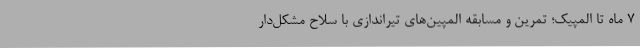
7 ماه تا المپیک؛ تمرین و مسابقه المپین‌های تیراندازی با سلاح مشکل‌دار